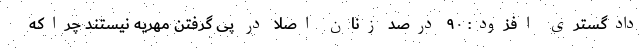
دادگستری افزود: ۹۰ درصد زنان اصلا در پی گرفتن مهریه نیستند چراکه